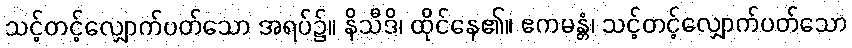
သင့်တင့်လျှောက်ပတ်သော အရပ်၌။ နိသီဒိ၊ ထိုင်နေ၏။ ဧကမန္တံ၊ သင့်တင့်လျှောက်ပတ်သော